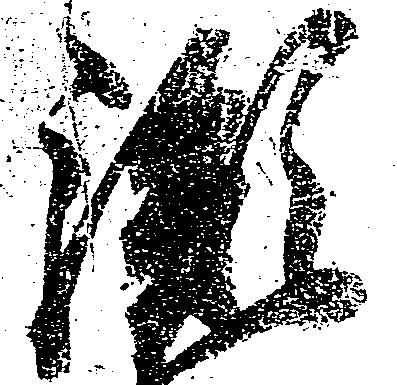
胤